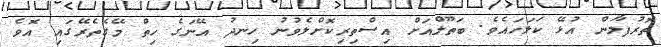
ތޮރުފާލަން އުޅޭ ކަލަހައެވެ. ބަތޫލްއަށް އިސްތިރިކޮށްލެވުނު ހިނދު އޭނަގެ ހިތް މޭގެތެރޭގައި އޮވެ